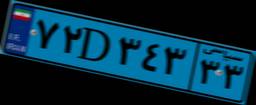
۶۷D۲۵۶۴۵